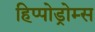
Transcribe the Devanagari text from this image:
हिप्पोड्रोम्स